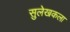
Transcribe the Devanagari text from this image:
सुलेखकला